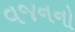
વજનનો